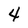
Character: 4